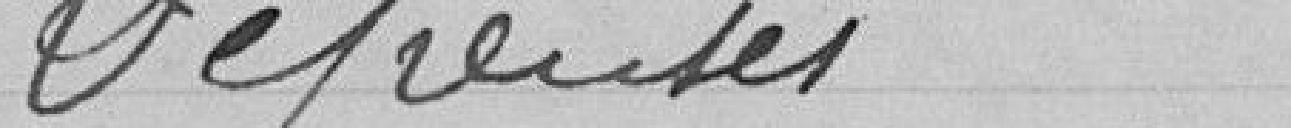
Dépenses